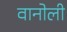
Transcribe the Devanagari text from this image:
वानोली